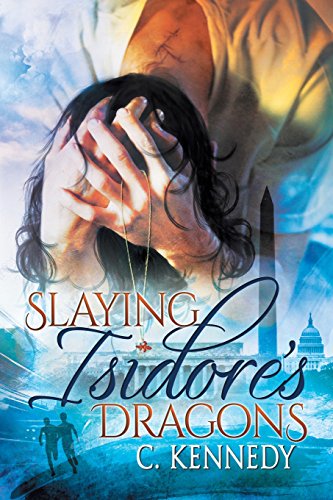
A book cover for Slaying Isidore's Dragons; C. Kennedy; Teen & Young Adult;